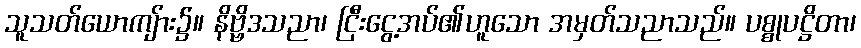
သူသတ်ယောကျ်ား၌။ နိဗ္ဗိဒသညာ၊ ငြီးငွေ့အပ်၏ဟူသော အမှတ်သညာသည်။ ပစ္စုပဋ္ဌိတာ၊